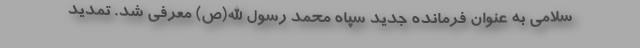
سلامی به عنوان فرمانده جدید سپاه محمد رسول الله(ص) معرفی شد. تمدید